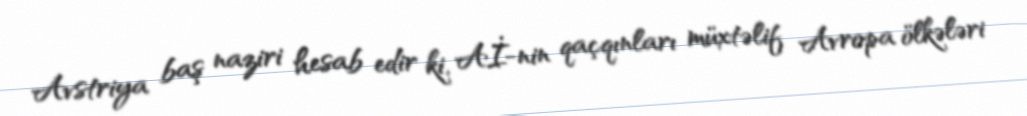
Avstriya baş naziri hesab edir ki, Aİ-nin qaçqınları müxtəlif Avropa ölkələri